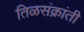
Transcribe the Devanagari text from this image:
तिळसंक्रांती